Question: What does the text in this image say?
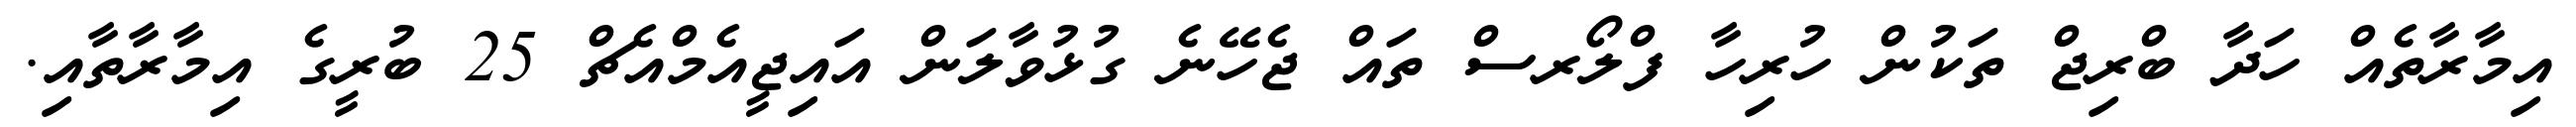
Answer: އިމާރާތެއް ހަދާ ބްރިޖް ތަކުން ހުރިހާ ފްލޯރސް ތައް ޖެހޭނެ ގުޅުވާލަން އައިޖީއެމްއެޗް 25 ބުރީގެ އިމާރާތާއި.